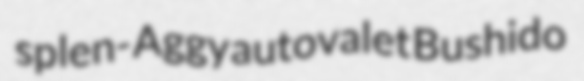
splen- Aggy autovalet Bushido